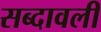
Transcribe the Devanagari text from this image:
सब्दावली